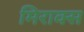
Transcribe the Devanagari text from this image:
मिराक्स